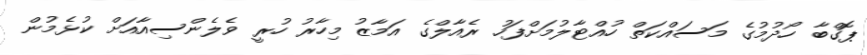
ޕޮގްބާ ހޯދުމުގެ މަސައްކަތް ހުއްޓާލުމަށްފަހު ރެއާލްގެ އަމާޒު މިހާރު ހުރީ ވެލެންސިއާއަށް ކުޅެމުން